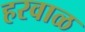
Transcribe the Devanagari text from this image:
हरवाळ